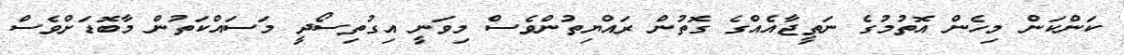
ކަންކަން މިހެން އޮތުމުގެ ނަތީޖާއެއްގެ ގޮތުން ރައްޔިތުންވެސް މިވަނީ އިގުތިސޯދީ މަސައްކަތުން މާބޮޑަށްވެސް